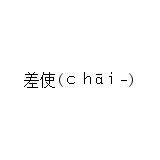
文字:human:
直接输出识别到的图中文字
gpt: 差使(ｃｈāｉ-)